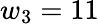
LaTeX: w_{3}=11